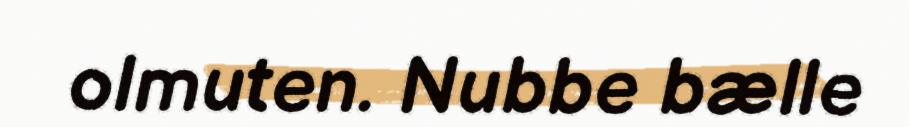
olmuten. Nubbe bælle